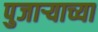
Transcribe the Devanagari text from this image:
पुजाऱ्याच्या